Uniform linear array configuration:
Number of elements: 64
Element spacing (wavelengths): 1
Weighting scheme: exponential
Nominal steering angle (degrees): -15
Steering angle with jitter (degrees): -15.742
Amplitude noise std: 0.05
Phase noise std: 0.05

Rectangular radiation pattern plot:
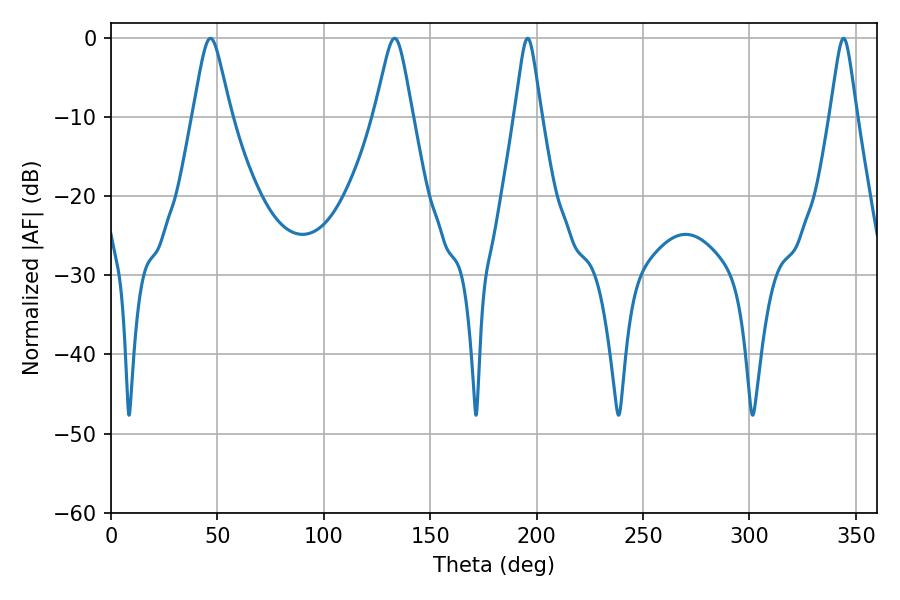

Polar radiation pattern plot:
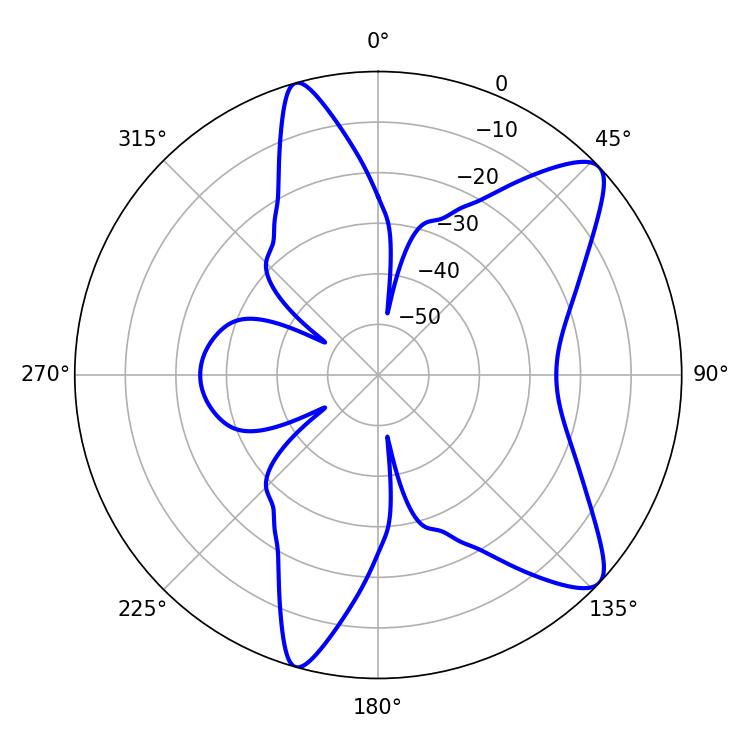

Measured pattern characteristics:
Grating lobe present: TRUE
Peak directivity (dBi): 10.041
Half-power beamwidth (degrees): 8.46
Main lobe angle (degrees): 46.8